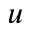
\boldsymbol { u }